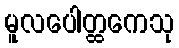
မူလပေါတ္ထကေသု